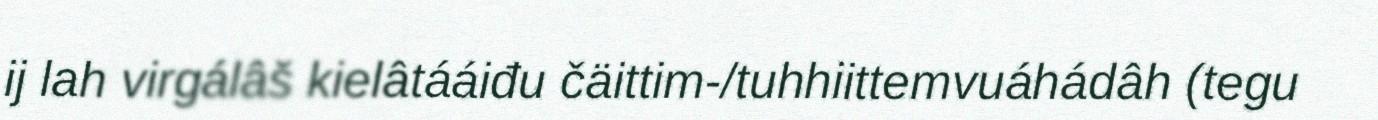
ij lah virgálâš kielâtááiđu čäittim-/tuhhiittemvuáhádâh (tegu